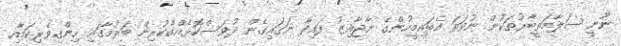
ނޫނީ ސަލާމަތީބާރުތަކުން ނުވަތަ އެބައިމީހުންގެ ނާޖާއިޒު ފައިދާ ނަގައިގެން ދުވަސްކޮޅެއްގެކުރިން ބަރުމާގައި ހިންގިވެރިކަމާއި